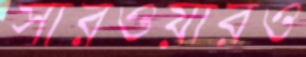
সারওয়ারও